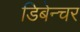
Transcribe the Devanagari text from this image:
डिबेन्‍चर